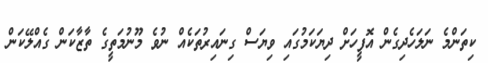
ކިތަންމެ ނަލަހެދިގެން އޮފީހަށް ދިޔަކަމުގައި ވިޔަސް ގިނައިރުތަކެއް ނުވެ މޫނުމަތީގެ ތާޒާކަން ގެއްލޭކަން